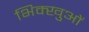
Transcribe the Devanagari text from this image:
भिक्खुओं